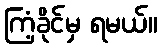
ကြံ့ခိုင်မှ ရမယ်။